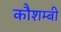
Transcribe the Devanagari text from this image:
कौशम्बी